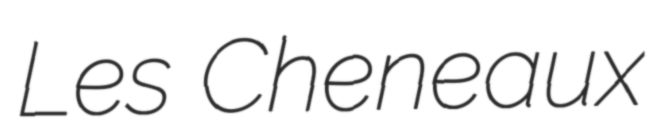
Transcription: Les Cheneaux